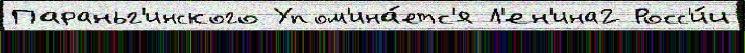
Параньг'инского Упом'ина́етс'я Л'ен'ина2 Росс'и́и